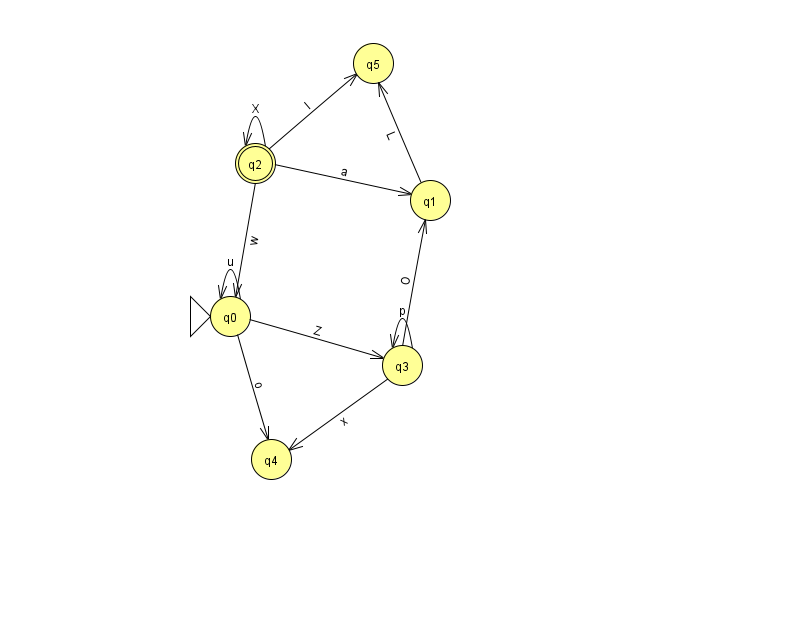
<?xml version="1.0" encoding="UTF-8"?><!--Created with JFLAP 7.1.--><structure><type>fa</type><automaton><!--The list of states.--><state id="0" name="q0"><x>230.0</x><y>303.0</y><initial/></state><state id="1" name="q1"><x>430.0</x><y>187.0</y></state><state id="2" name="q2"><x>255.0</x><y>150.0</y><final/></state><state id="3" name="q3"><x>402.0</x><y>352.0</y></state><state id="4" name="q4"><x>271.0</x><y>446.0</y></state><state id="5" name="q5"><x>373.0</x><y>50.0</y></state><!--The list of transitions.--><transition><from>3</from><to>3</to><read>p</read></transition><transition><from>1</from><to>5</to><read>L</read></transition><transition><from>3</from><to>1</to><read>O</read></transition><transition><from>0</from><to>0</to><read>u</read></transition><transition><from>2</from><to>5</to><read>l</read></transition><transition><from>2</from><to>1</to><read>a</read></transition><transition><from>0</from><to>4</to><read>o</read></transition><transition><from>2</from><to>2</to><read>X</read></transition><transition><from>0</from><to>3</to><read>Z</read></transition><transition><from>2</from><to>0</to><read>w</read></transition><transition><from>3</from><to>4</to><read>x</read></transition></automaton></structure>